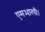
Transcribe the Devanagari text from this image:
एमआरपी।